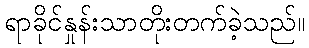
ရာခိုင်နှုန်းသာတိုးတက်ခဲ့သည်။